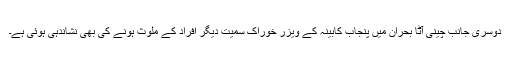
دوسری جانب چینی آٹا بحران میں پنجاب کابینہ کے ویزر خوراک سمیت دیگر افراد کے ملوث ہونے کی بھی نشاندہی ہوئی ہے۔